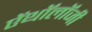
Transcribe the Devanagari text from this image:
ऐंथॉलॉजी